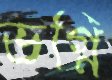
ভগ্নি